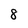
Character: 8